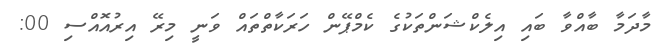
މާދަމާ ބާއްވާ ބައި އިލެކްޝަންތަކުގެ ކެމްޕޭން ހަރަކާތްތައް ވަނީ މިރޭ އިރުއޮއްސި 00: